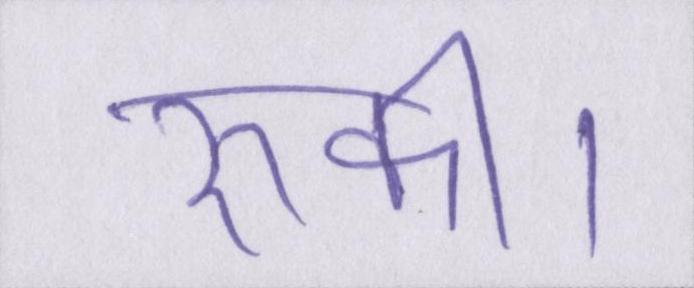
रुकी।